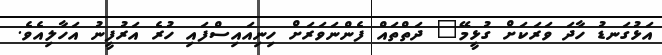
އަޅުގަނޑު ހާދަ ވަރަކަށް ގުޅީމޭ" ދަތްތައް ފެންނަވަރަށް ހިނިއައިސްފައި ހުރެ އަރުފީނު އަހާލިއެވެ.